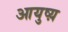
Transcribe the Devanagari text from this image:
आयुष्य़